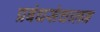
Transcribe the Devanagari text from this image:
प्रबंधसंचालन